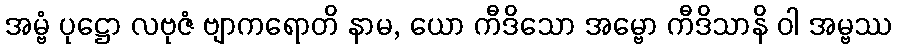
အမ္ဗံ ပုဋ္ဌော လဗုဇံ ဗျာကရောတိ နာမ, ယော ကီဒိသော အမ္ဗော ကီဒိသာနိ ဝါ အမ္ဗဿ